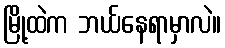
မြို့ထဲက ဘယ်နေရာမှာလဲ။